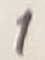
Text: 1